Vaccination in Bombay 1869-1873 - 1869-1873
Year: 1869
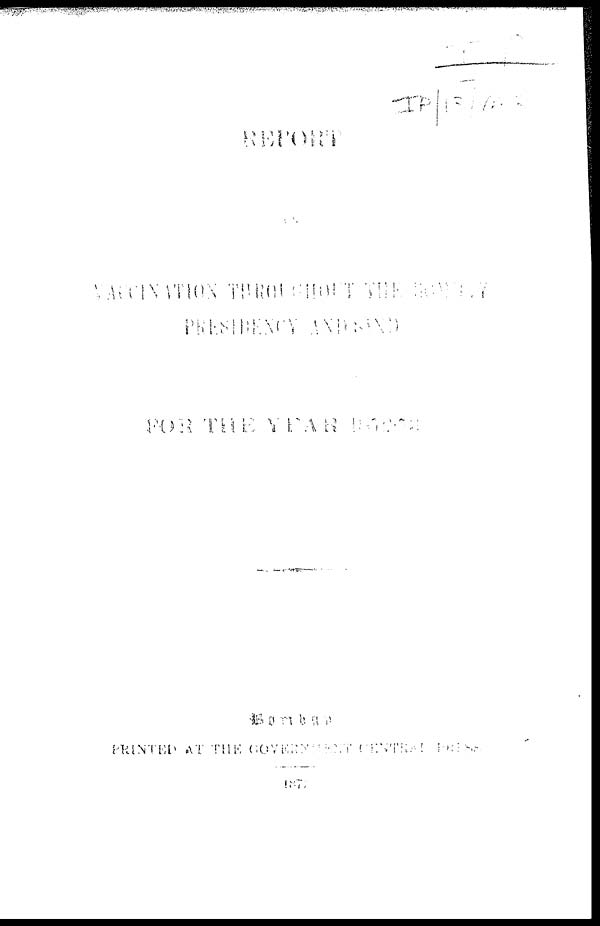
REPORT
ON
VACCINATION THROUGHOUT THE BOMBAY
PRESIDENCY AND SIND
FOR THE YEAR 1872-73.
Bombay:
PRINTED AT THE GOVERNMENT CENTRAL PRESS.
1873